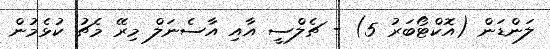
ލަންޑަން (އޮކްޓޯބަރު 5) - ޗެލްސީ އާއި އާސެނަލް މިރޭ މެޗު ކުޅެމުން